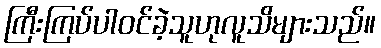
ကြီးကြပ်ပါဝင်ခဲ့သူဟုလူသိများသည်။